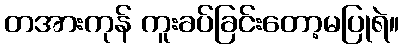
တအားကုန် ကူးခပ်ခြင်းတော့မပြုရဲ။